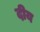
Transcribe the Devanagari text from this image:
दीय